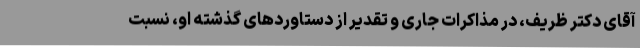
آقای دکتر ظریف، در مذاکرات جاری و تقدیر از دستاوردهای گذشتهٔ او، نسبت